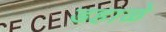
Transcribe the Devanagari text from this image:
डहाळे